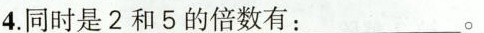
4.同时是2和5的倍数有：_.